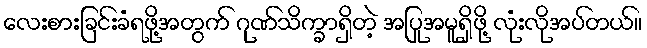
လေးစားခြင်းခံရဖို့အတွက် ဂုဏ်သိက္ခာရှိတဲ့ အပြုအမူရှိဖို့ လုံးလိုအပ်တယ်။